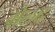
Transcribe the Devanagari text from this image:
ग्रेलद